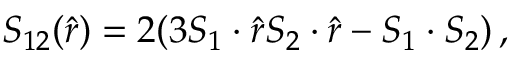
S _ { 1 2 } ( \hat { r } ) = 2 ( 3 S _ { 1 } \cdot \hat { r } S _ { 2 } \cdot \hat { r } - S _ { 1 } \cdot S _ { 2 } ) \, ,